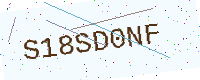
Text: S18SD0NF